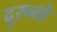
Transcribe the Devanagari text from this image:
दुरन्तो